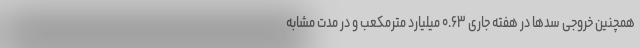
همچنین خروجی سدها در هفته جاری ۰.۶۳ میلیارد مترمکعب و در مدت مشابه